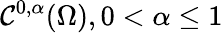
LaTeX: \mathcal{C}^{0,\alpha}(\Omega),0<\alpha\leq1